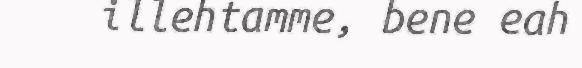
illehtamme, bene eah